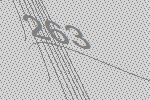
263